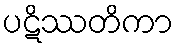
ပဋိဿတိကာ